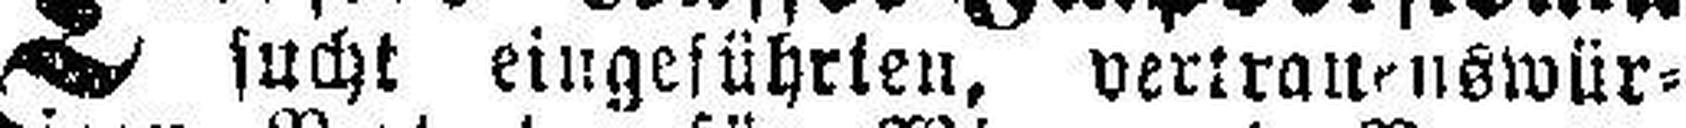
sucht eingeführten, vertrauenswür¬